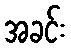
အခင်း